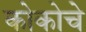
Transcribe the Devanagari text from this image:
कोकोचे